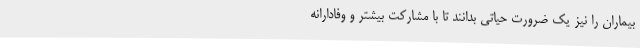
بیماران را نیز یک ضرورت حیاتی بدانند تا با مشارکت بیشتر و وفادارانه